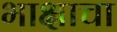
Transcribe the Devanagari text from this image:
भाक्षाचा